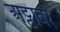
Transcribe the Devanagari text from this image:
अट्टावर